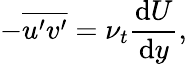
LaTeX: -\overline{{u^{\prime}v^{\prime}}}=\nu_{t}\frac{\mathrm{d}U}{\mathrm{d}y},